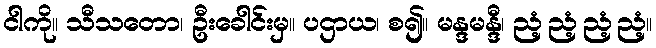
ငါကို။ သီသတော၊ ဦးခေါင်းမှ။ ပဌာယ၊ စ၍။ မန္ဒမန္ဒီ၊ ညံ့ညံ့ညံ့ညံ့။